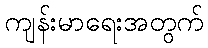
ကျန်းမာရေးအတွက်